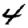
Digit: 4